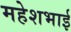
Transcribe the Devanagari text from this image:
महेशभाई